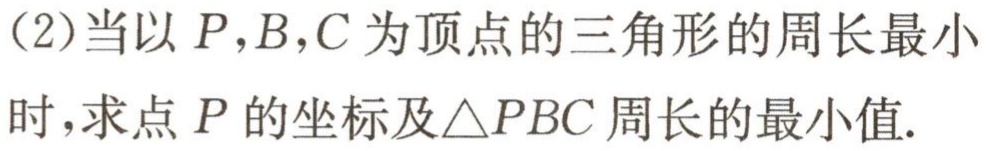
(2)当以\(P,B,C\)为顶点的三角形的周长最小时，求点\(P\)的坐标及\(\triangle PBC\)周长的最小值.